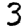
Digit: 3